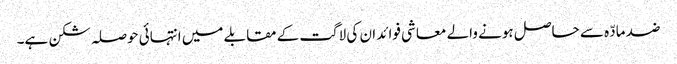
ضد مادّہ سے حاصل ہونے والے معاشی فوائد ان کی لاگت کے مقابلے میں انتہائی حوصلہ شکن ہے۔